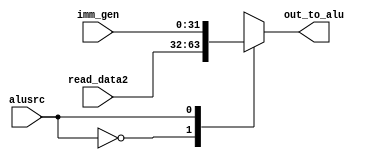

//////////////////////////////////////////////////////////////////////////////////
// Company: 
// Engineer: 
// 
// Design Name: 
// Module Name:    mux3(middleone) 
// Project Name: 
// Target Devices: 
// Tool versions: 
// Description: 
//
// Dependencies: 
//
// Revision: 
// Revision 0.01 - File Created
// Additional Comments: 
//
//////////////////////////////////////////////////////////////////////////////////
module mux3(alusrc, read_data2, imm_gen, out_to_alu);
    input alusrc;
    input [31:0] read_data2;
    input [31:0] imm_gen;
    output reg [31:0] out_to_alu;
	 always@(read_data2,imm_gen,alusrc)
	 begin
	 case(alusrc)
	 0: out_to_alu<=read_data2;
	 1: out_to_alu<=imm_gen;
	 default: out_to_alu<=0; 
	 endcase
	 end


endmodule